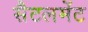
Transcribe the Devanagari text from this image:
सैटलमेंट